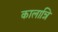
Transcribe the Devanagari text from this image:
कालान्नि